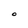
Character: O